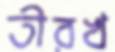
তীরখ